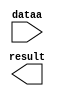
module lpm_add_to_129 (
	dataa,
	result);

	input	[7:0]  dataa;
	output	[7:0]  result;

endmodule